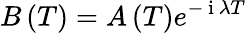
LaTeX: B\left(T\right)=A\left(T\right)e^{-\mathrm{~i~}\lambda T}